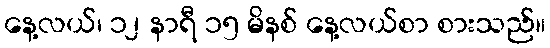
နေ့လယ်၊ ၁၂ နာရီ ၁၅ မိနစ် နေ့လယ်စာ စားသည်။